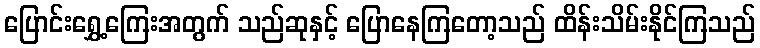
ပြောင်းရွှေ့ကြေးအတွက် သည်ဆုနှင့် ပြောနေကြတော့သည် ထိန်းသိမ်းနိုင်ကြသည်